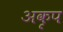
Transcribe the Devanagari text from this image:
अकृप